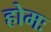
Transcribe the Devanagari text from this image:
होमः